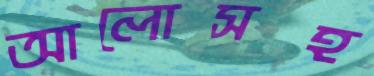
আলোসহ